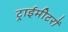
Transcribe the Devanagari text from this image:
ट्राईमीटरों